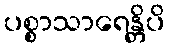
ပစ္စာသာရေန္တိပိ